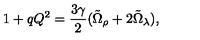
1 + q Q ^ { 2 } = \frac { 3 \gamma } { 2 } ( \tilde { \Omega } _ { \rho } + 2 \tilde { \Omega } _ { \lambda } ) ,